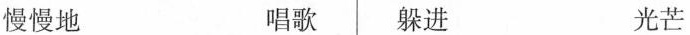
慢慢地 唱歌 躲进 光芒